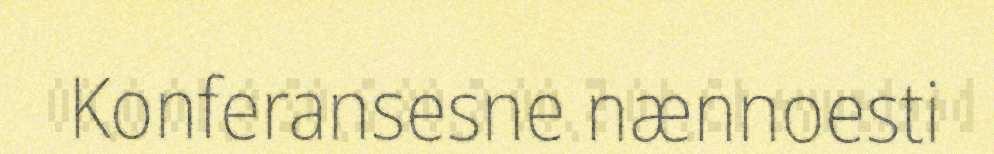
Konferansesne nænnoesti